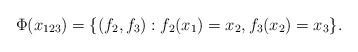
LaTeX: \begin{align*}\Phi(x_{123}) = \{(f_2,f_3) : f_2(x_1) = x_2, f_3(x_2) = x_3 \}.\end{align*}